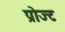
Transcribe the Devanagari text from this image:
प्रोज्ट